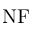
\mathrm { N F }